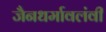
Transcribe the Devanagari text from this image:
जैनधर्मावलंवी